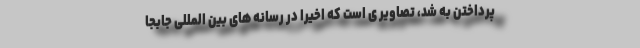
پرداختن به شد، تصاویر ی است که اخیرا در رسانه های بین المللی جابجا